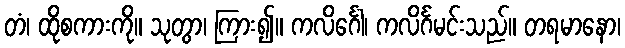
တံ၊ ထိုစကားကို။ သုတွာ၊ ကြား၍။ ကလိင်္ဂေါ၊ ကလိင်္ဂမင်းသည်။ တရမာနော၊